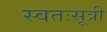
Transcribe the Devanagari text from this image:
स्वतःसूत्री